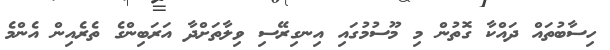
ހިސާބުތައް ދައްކާ ގޮތުން މި މޫސުމުގައި އިނގިރޭސި ވިލާތަށްދާ އަރަބިންގެ ތެރެއިން އެންމެ